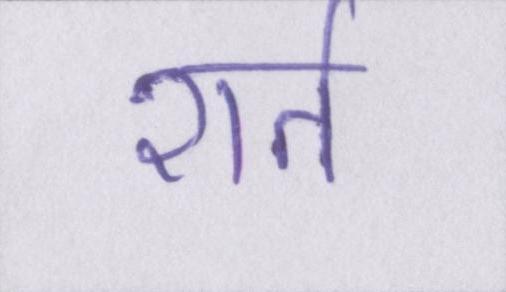
शर्त